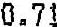
0.71